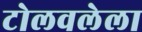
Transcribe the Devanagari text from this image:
टोलवलेला